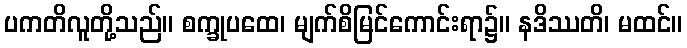
ပကတိလူတို့သည်။ စက္ခုပထေ၊ မျက်စိမြင်ကောင်းရာ၌။ နဒိဿတိ၊ မထင်။